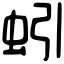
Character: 蚓